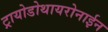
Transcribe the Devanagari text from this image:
ट्रायोडोथायरोनाईन